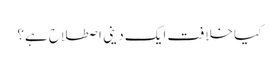
کیا خلافت ایک دینی اصطلاح ہے؟